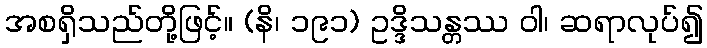
အစရှိသည်တို့ဖြင့်။ (နိ၊ ၁၉၁) ဥဒ္ဒိသန္တဿ ဝါ၊ ဆရာလုပ်၍